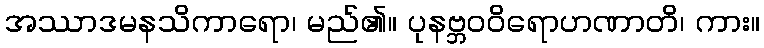
အဿာဒမနသိကာရော၊ မည်၏။ ပုနဗ္ဘဝဝိရောဟဏာတိ၊ ကား။